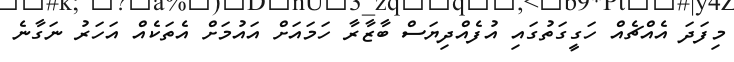
މިފަދަ އެއްޗެއް ހަގީގަތުގައި އުފެއްދިޔަސް ބާޒާރާ ހަމައަށް އައުމަށް އެތަކެއް އަހަރު ނަގާނެ